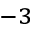
^ { - 3 }